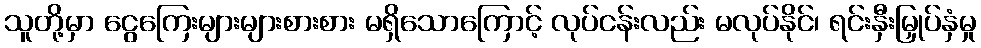
သူတို့မှာ ငွေကြေးများများစားစား မရှိသောကြောင့် လုပ်ငန်းလည်း မလုပ်နိုင်၊ ရင်းနှီးမြှုပ်နှံမှု